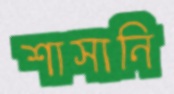
শাসানি